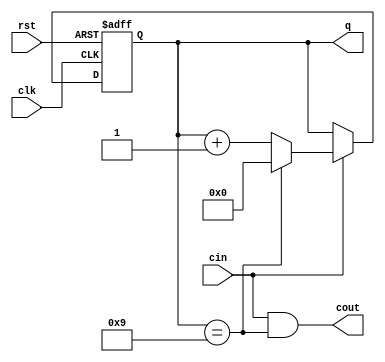
module Bcdcounter(clk,cin,rst,cout,q);
 input clk;
 input cin;
 input rst;
 output cout;
 output [4:0] q;
 reg [4:0] cnt;
 
 always @ (posedge clk or negedge rst) begin
	if(!rst) cnt<=4'd0;
   else if(cin==1'b1) begin
		if(cnt==4'd9) cnt <= 4'd0;
		else
			cnt <= cnt+1'b1;
	end
	else cnt <= cnt;
 end
	assign cout=(cin == 1'b1 && cnt ==4'd9);
	assign q = cnt;
endmodule